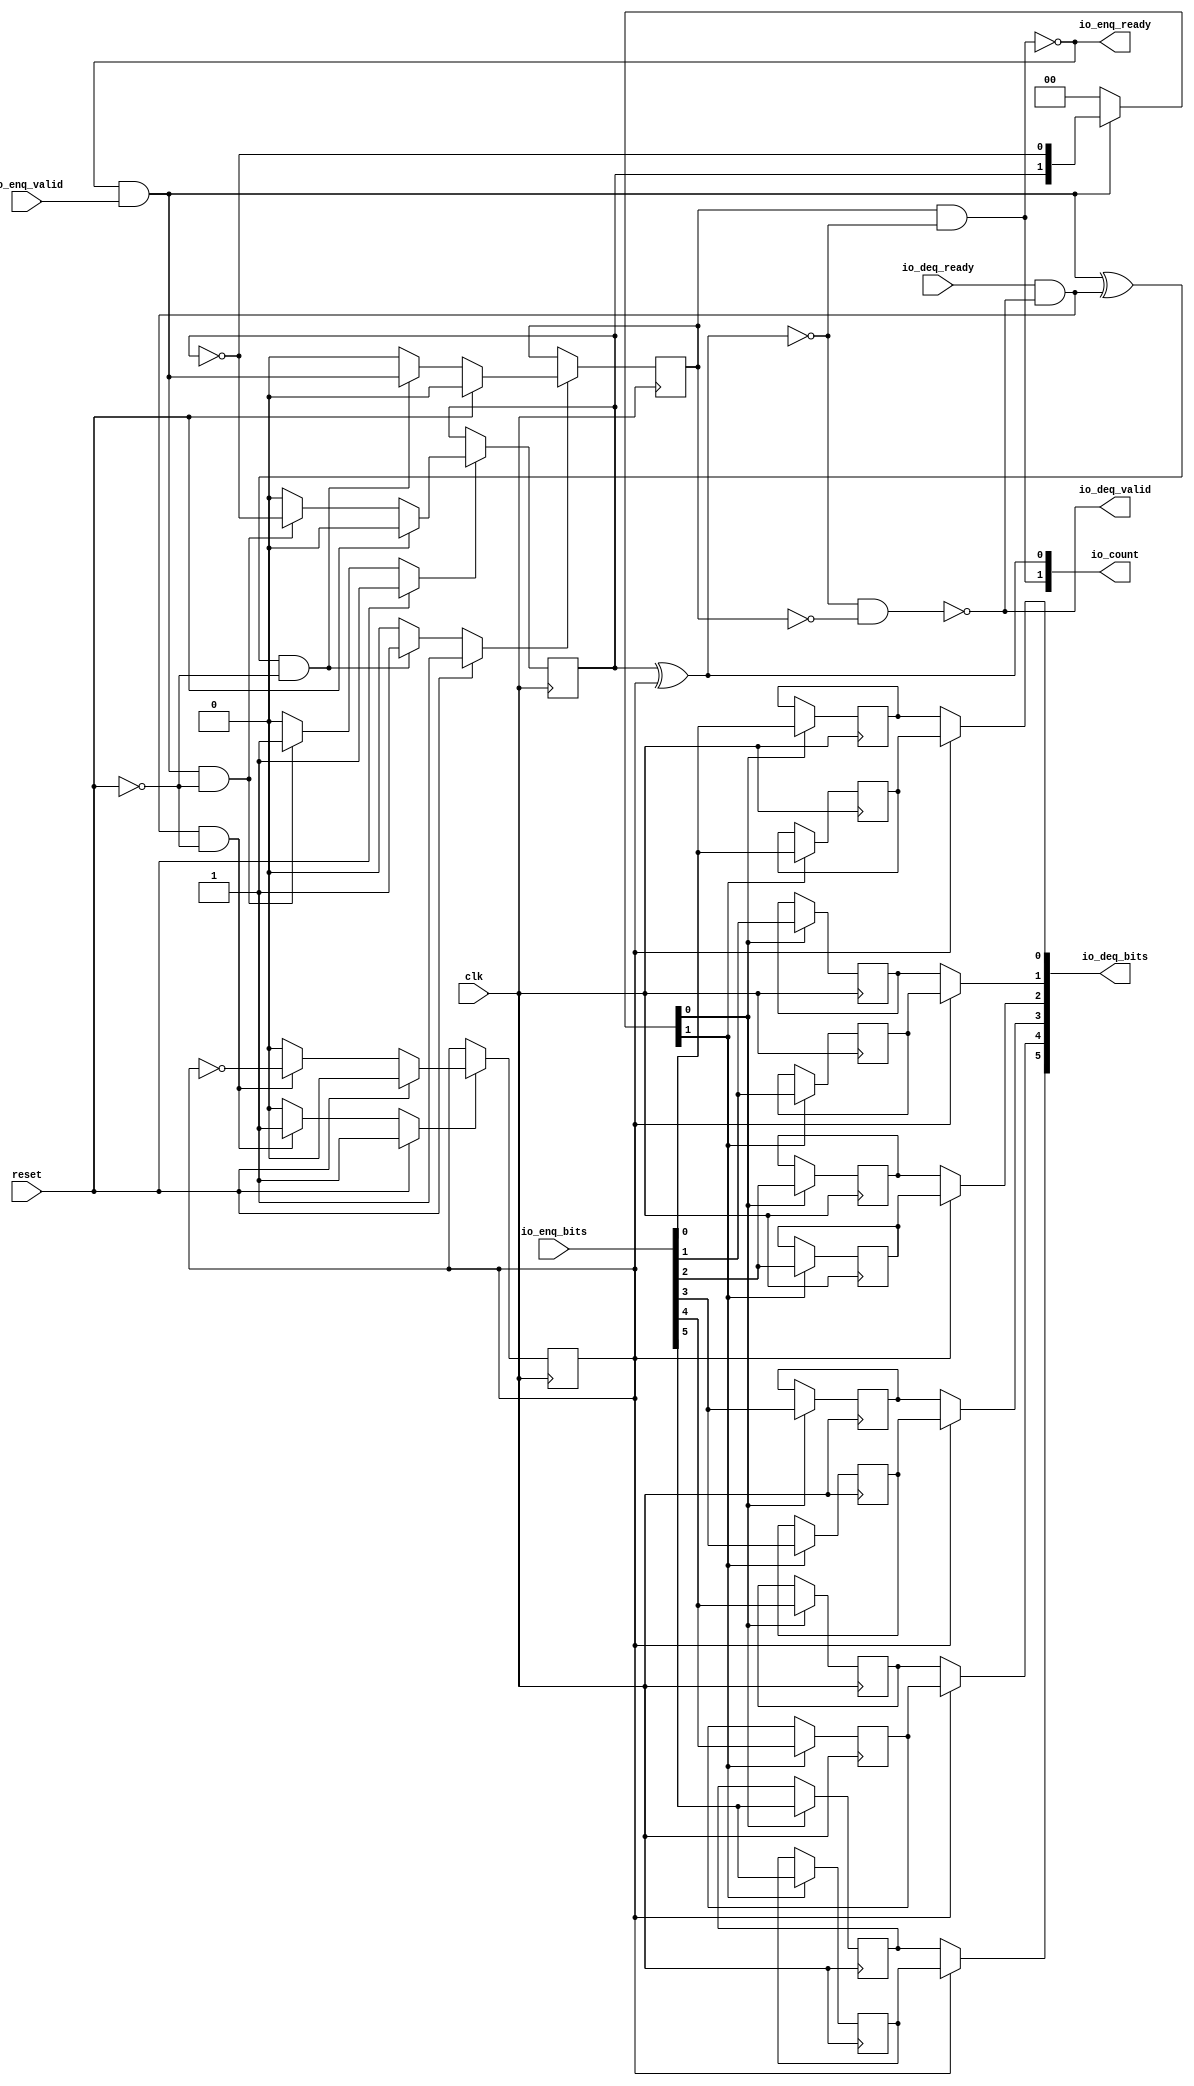
module Queue_18
(
  clk,
  reset,
  io_enq_ready,
  io_enq_valid,
  io_enq_bits,
  io_deq_ready,
  io_deq_valid,
  io_deq_bits,
  io_count
);

  input [5:0] io_enq_bits;
  output [5:0] io_deq_bits;
  output [1:0] io_count;
  input clk;
  input reset;
  input io_enq_valid;
  input io_deq_ready;
  output io_enq_ready;
  output io_deq_valid;
  wire [5:0] io_deq_bits;
  wire [1:0] io_count;
  wire io_enq_ready,io_deq_valid,N0,N1,N2,N3,N4,do_deq,T3,do_enq,T6,ptr_match,T9,N5,
  empty,T13,full,N6,N7,N8,N9,N10,N11,N12,N13,N14,N15,N16,N17,N18,N19,N21,N22,N23,N24,
  N25,N26;
  reg R1,N20,maybe_full;
  reg [11:0] ram;
  assign N0 = N20 ^ R1;
  assign ptr_match = ~N0;
  assign T9 = do_enq ^ do_deq;
  assign io_deq_bits[5] = (N5)? ram[5] : 
                          (N1)? ram[11] : 1'b0;
  assign N1 = R1;
  assign io_deq_bits[4] = (N5)? ram[4] : 
                          (N1)? ram[10] : 1'b0;
  assign io_deq_bits[3] = (N5)? ram[3] : 
                          (N1)? ram[9] : 1'b0;
  assign io_deq_bits[2] = (N5)? ram[2] : 
                          (N1)? ram[8] : 1'b0;
  assign io_deq_bits[1] = (N5)? ram[1] : 
                          (N1)? ram[7] : 1'b0;
  assign io_deq_bits[0] = (N5)? ram[0] : 
                          (N1)? ram[6] : 1'b0;

  always @(posedge clk) begin
    if(N8) begin
      R1 <= N9;
    end 
  end


  always @(posedge clk) begin
    if(N12) begin
      N20 <= N13;
    end 
  end


  always @(posedge clk) begin
    if(N16) begin
      maybe_full <= N17;
    end 
  end


  always @(posedge clk) begin
    if(N22) begin
      ram[11] <= io_enq_bits[5];
    end 
  end


  always @(posedge clk) begin
    if(N22) begin
      ram[10] <= io_enq_bits[4];
    end 
  end


  always @(posedge clk) begin
    if(N22) begin
      ram[9] <= io_enq_bits[3];
    end 
  end


  always @(posedge clk) begin
    if(N22) begin
      ram[8] <= io_enq_bits[2];
    end 
  end


  always @(posedge clk) begin
    if(N22) begin
      ram[7] <= io_enq_bits[1];
    end 
  end


  always @(posedge clk) begin
    if(N22) begin
      ram[6] <= io_enq_bits[0];
    end 
  end


  always @(posedge clk) begin
    if(N21) begin
      ram[5] <= io_enq_bits[5];
    end 
  end


  always @(posedge clk) begin
    if(N21) begin
      ram[4] <= io_enq_bits[4];
    end 
  end


  always @(posedge clk) begin
    if(N21) begin
      ram[3] <= io_enq_bits[3];
    end 
  end


  always @(posedge clk) begin
    if(N21) begin
      ram[2] <= io_enq_bits[2];
    end 
  end


  always @(posedge clk) begin
    if(N21) begin
      ram[1] <= io_enq_bits[1];
    end 
  end


  always @(posedge clk) begin
    if(N21) begin
      ram[0] <= io_enq_bits[0];
    end 
  end

  assign io_count[0] = N20 ^ R1;
  assign T3 = R1 ^ 1'b1;
  assign T6 = N20 ^ 1'b1;
  assign N19 = ~N20;
  assign N8 = (N2)? 1'b1 : 
              (N24)? 1'b1 : 
              (N7)? 1'b0 : 1'b0;
  assign N2 = reset;
  assign N9 = (N2)? 1'b0 : 
              (N24)? T3 : 1'b0;
  assign N12 = (N2)? 1'b1 : 
               (N25)? 1'b1 : 
               (N11)? 1'b0 : 1'b0;
  assign N13 = (N2)? 1'b0 : 
               (N25)? T6 : 1'b0;
  assign N16 = (N2)? 1'b1 : 
               (N26)? 1'b1 : 
               (N15)? 1'b0 : 1'b0;
  assign N17 = (N2)? 1'b0 : 
               (N26)? do_enq : 1'b0;
  assign { N22, N21 } = (N3)? { N20, N19 } : 
                        (N4)? { 1'b0, 1'b0 } : 1'b0;
  assign N3 = do_enq;
  assign N4 = N18;
  assign do_deq = io_deq_ready & io_deq_valid;
  assign do_enq = io_enq_ready & io_enq_valid;
  assign io_count[1] = maybe_full & ptr_match;
  assign N5 = ~R1;
  assign io_deq_valid = ~empty;
  assign empty = ptr_match & T13;
  assign T13 = ~maybe_full;
  assign io_enq_ready = ~full;
  assign full = ptr_match & maybe_full;
  assign N6 = do_deq | reset;
  assign N7 = ~N6;
  assign N10 = do_enq | reset;
  assign N11 = ~N10;
  assign N14 = T9 | reset;
  assign N15 = ~N14;
  assign N18 = ~do_enq;
  assign N23 = ~reset;
  assign N24 = do_deq & N23;
  assign N25 = do_enq & N23;
  assign N26 = T9 & N23;

endmodule